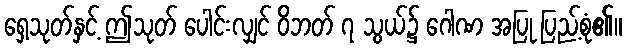
ရှေ့သုတ်နှင့် ဤသုတ် ပေါင်းလျှင် ဝိဘတ် ၇ သွယ်၌ ဂေါဏ အပြု ပြည့်စုံ၏။